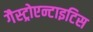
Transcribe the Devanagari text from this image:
गैस्ट्रोएन्टाइटिस